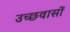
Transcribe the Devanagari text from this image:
उच्छवासों